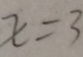
x = 3